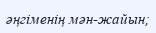
әңгіменің мән-жайын;